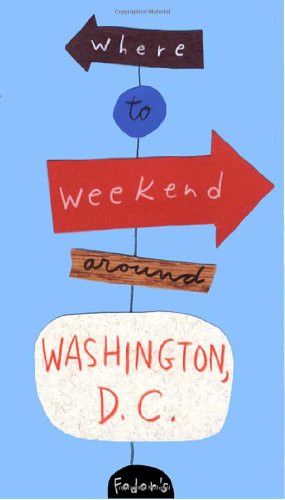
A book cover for Fodor's Where to Weekend Around Washington D.C., 1st Edition (Special-Interest Titles); Fodor's; Travel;